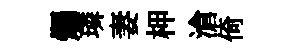
燭璘妻柙滄倚